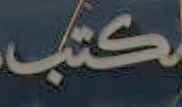
كتب